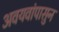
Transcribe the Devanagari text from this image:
अवयवांपासुन